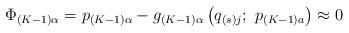
\begin{align*}\Phi _{\left( K-1\right) \alpha }=p_{\left( K-1\right) \alpha }-g_{\left(K-1\right) \alpha }\left( q_{\left( s\right) j};\ p_{\left( K-1\right)a}\right) \approx 0 \end{align*}